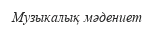
Музыкалық мәдениет